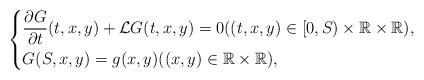
LaTeX: \begin{align*}\left\{\begin{aligned}&\frac{\partial G}{\partial t}(t,x,y) + \mathcal{L}G(t,x,y) = 0((t,x,y)\in [0,S)\times \mathbb{R}\times \mathbb{R}),\\& G(S,x,y)=g(x,y) ((x,y)\in \mathbb{R}\times \mathbb{R}),\end{aligned}\right.\end{align*}